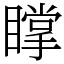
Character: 𥋇